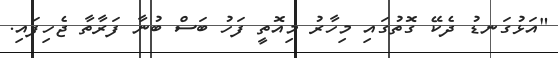
"އަޅުގަނޑު ދެކޭ ގޮތުގައި މިހާރު މިއޮތީ ފަހު ބަސް ބުނާ ފަރާތާ ޖެހިފައި.